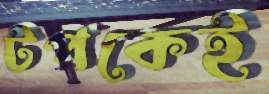
টপকেই